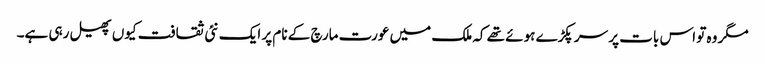
مگر وہ تو اس بات پر سر پکڑے ہوئے تھے کہ ملک میں عورت مارچ کے نام پر ایک نئی ثقافت کیوں پھیل رہی ہے۔